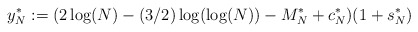
\begin{align*}y^{*}_{N} := (2\log(N)-(3/2)\log(\log(N))-M_{N}^{*}+c_{N}^{*})(1+s_{N}^{*}) \end{align*}